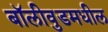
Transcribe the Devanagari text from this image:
बॉलीवुडमधील